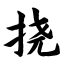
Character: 挠